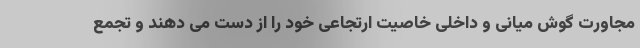
مجاورت گوش میانی و داخلی خاصیت ارتجاعی خود را از دست می دهند و تجمع